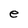
Character: e